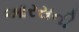
આરસની